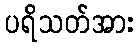
ပရိသတ်အား